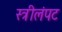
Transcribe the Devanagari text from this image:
स्त्रीलंपट